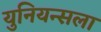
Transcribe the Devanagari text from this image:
युनियन्सला